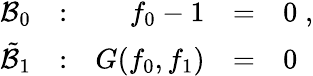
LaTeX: \begin{array}{rrrll}{{{\cal B}_{0}}}&{{:}}&{{f_{0}-1}}&{{=}}&{{0\; ,}}\\ {{\tilde{\cal B}_{1}}}&{{:}}&{{G(f_{0},f_{1})}}&{{=}}&{{0}}\end{array}